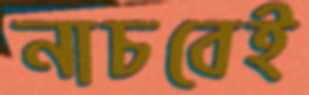
নাচবেই